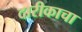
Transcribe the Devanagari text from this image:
दारीकाचा